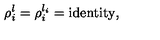
\rho _ { i } ^ { l } = \rho _ { i } ^ { l _ { i } } = \mathrm { i d e n t i t y } ,